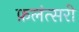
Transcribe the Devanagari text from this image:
फ़लंत्सरी